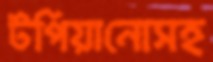
টপিয়ানোসহ